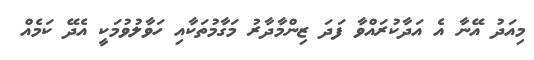
މިއަދު އޭނާ އެ އަދާކުރައްވާ ފަދަ ޒިންމާދާރު މަގާމުތަކާއި ހަވާލުވުމަކީ އެދޭ ކަމެއް